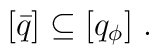
[\bar{q}] \subseteq [q_\phi]\ .